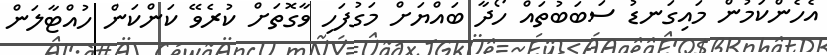
އެހެންކަމުން މައިގަނޑު ސަބަބުތައް ހޯދާ ބައްޔަށް މަގުފަހި ވާގޮތަށް ކުރެވޭ ކަންކަން ހުއްޓާލަން